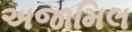
અજામિલ